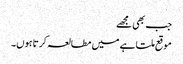
جب بھی مجھے
موقع ملتا ہے میں مطالعہ کرتا ہوں۔